Scientific memoirs by medical officers of the Army of India - Part VII,
Year: 1892
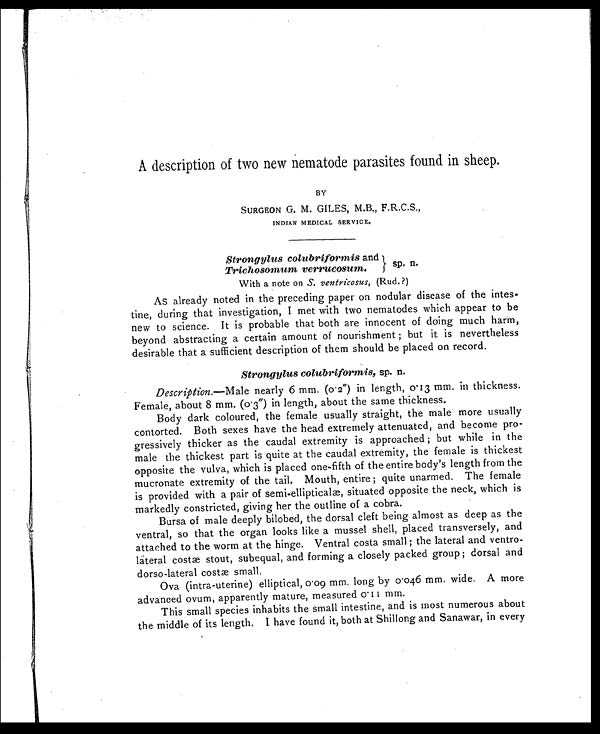
A description of two new nematode parasites found in sheep.
BY
SURGEON G. M. GILES, M.B., F.R.C.S.,
INDIAN MEDICAL SERVICE.
Strongylus colubriformis and
Trichosomum verrucosum.
sp. n.
With a note on S. ventricosus, (Rud.?)
As already noted in the preceding paper on nodular disease of the intes-
tine, during that investigation, I met with two nematodes which appear to be
new to science. It is probable that both are innocent of doing much harm,
beyond abstracting a certain amount of nourishment ; but it is nevertheless
desirable that a sufficient description of them should be placed on record.
Strongylus colubriformis, sp. n.
Description. —Male nearly 6 mm. (0.2") in length, 0.13 mm. in thickness.
Female, about 8 mm. (0.3") in length, about the same thickness.
Body dark coloured, the female usually straight, the male more usually
contorted. Both sexes have the head extremely attenuated, and become pro-
gressively thicker as the caudal extremity is approached ; but while in the
male the thickest part is quite at the caudal extremity, the female is thickest
opposite the vulva, which is placed one-fifth of the entire body's length from the
mucronate extremity of the tail. Mouth, entire ; quite unarmed. The female
is provided with a pair of semi-elliptical, situated opposite the neck, which is
markedly constricted, giving her the outline of a cobra.
Bursa of male deeply bilobed, the dorsal cleft being almost as deep as the
ventral, so that the organ looks like a mussel shell, placed transversely, and
attached to the worm at the hinge. Ventral costa small ; the lateral and ventro-
lateral costæ stout, subequal, and forming a closely packed group ; dorsal and
dorso-lateral costae small.
Ova (intra-uterine) elliptical, 0.09 mm. long by 0.046 mm. wide. A more
advanced ovum, apparently mature, measured 0.11 mm.
This small species inhabits the small intestine, and is most numerous about
the middle of its length. I have found it, both at Shillong and Sanawar, in every